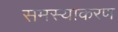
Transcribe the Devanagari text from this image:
समस्याकरण